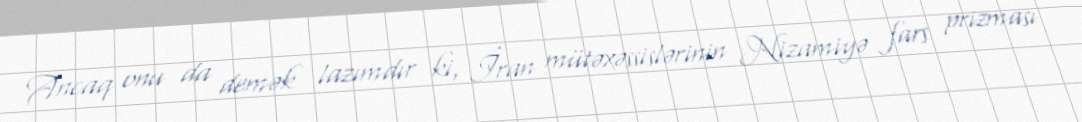
Ancaq onu da demək lazımdır ki, İran mütəxəssislərinin Nizamiyə fars prizması